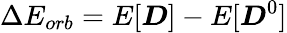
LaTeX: \Delta E_{orb}=E[\boldsymbol{D}]-E[\boldsymbol{D}^{0}]